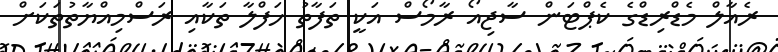
ރެއާލް މެޑްރިޑްގެ ކެޕްޓަން ސާޖިއޯ ރާމޯސް އަކީ ތަފާތު ހަފްލާ ތަކާއި ރަސްމިއްޔާތުތަކަށް